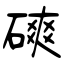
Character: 磢